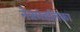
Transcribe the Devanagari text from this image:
नेत्रमंडलिका